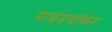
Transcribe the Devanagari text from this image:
माइंडवॉकर